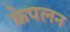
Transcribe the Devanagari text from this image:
केपलन